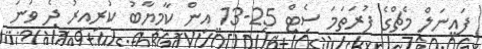
ފައިނަލް މެޗްގެ ފުރަތަމަ ސެޓް 25-13 އިން ކާމިޔާބު ކުރިއިރު ދެ ވަނަ